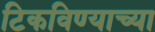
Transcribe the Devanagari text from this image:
टिकविण्याच्या